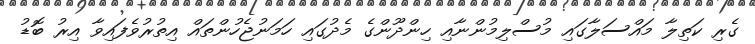
ގެރި ކަތިލާ މައްސަލާގައި މުސްލިމުންނާއި ހިންދޫންގެ މެދުގައި ހަމަނުޖެހުންތައް އިތުރުވެފައިވާ އިރު ބޮޑު